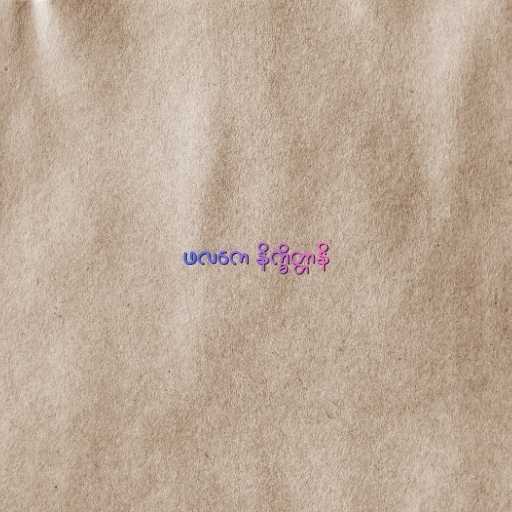
ဖလကေ နိက္ခိတ္တာနိ